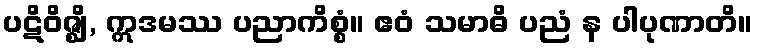
ပဋိဝိဇ္ဈိ, ဣဒမဿ ပညာကိစ္စံ။ ဧဝံ သမာဓိ ပညံ န ပါပုဏာတိ။